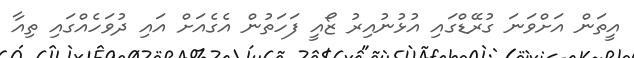
އީތަން އަށްވަނަ ގުރޭޑްގައި އުޅުނުއިރު ޒޯއީ ފަހަތުން އެގެއަށް އައި ދުވަހެއްގައި ތިއާ